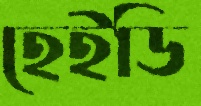
হেইডি